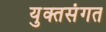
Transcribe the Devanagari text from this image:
युक्तसंगत